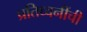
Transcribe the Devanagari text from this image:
प्रतिध्वनींची